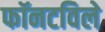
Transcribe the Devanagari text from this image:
फॉनटविले